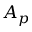
A _ { p }